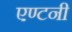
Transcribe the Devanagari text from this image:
एण्टनी